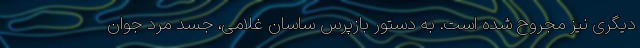
دیگری نیز مجروح شده است. به دستور بازپرس ساسان غلامی، جسد مرد جوان